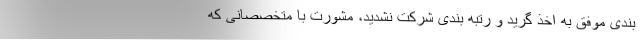
بندی موفق به اخذ گرید و رتبه بندی شرکت نشدید، مشورت با متخصصانی که